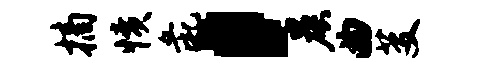
摘愤彘，晨曲芟